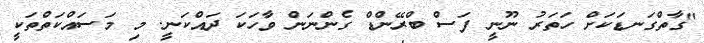
"ގާތްގަނޑަކަށް ހަތަރު ނޫނީ ފަސް ބްރޭންޑް ގެންނަން ވާހަކަ ދައްކަނީ. މި މަސައްކަތްތަކީ